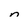
Character: n